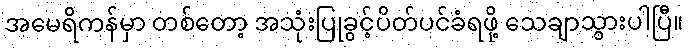
အမေရိကန်မှာ တစ်တော့ အသုံးပြုခွင့်ပိတ်ပင်ခံရဖို့ သေချာသွားပါပြီ။